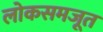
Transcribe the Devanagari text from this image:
लोकसमजूत